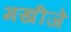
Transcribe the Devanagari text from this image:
मखीजे